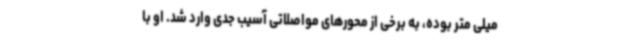
میلی متر بوده، به برخی از محورهای مواصلاتی آسیب جدی وارد شد. او با